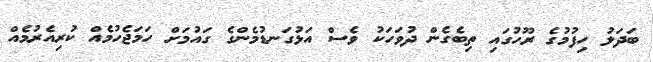
ބަދަލު ހިފުމުގެ ރޫހުގައި ތިބެގެން ދުވަހަކު ވެސް އަޅުގަނޑުމެންގެ ގައުމަށް ހަމަޖެހުމެއް ކުރިއެރުމެއް